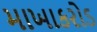
માખાકરોડ